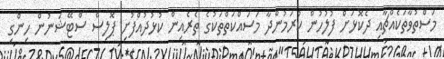
މަސްތުވާތަކެއްޗާއި ދެކޮޅަށް ފުލުހުން ކުރަމުންދާ މަސައްކަތްތަކުގެ ތެރެއިން ކުޅުދުއްފުށި ޕޮލިސް ސްޓޭޝަނުން ހިންގި